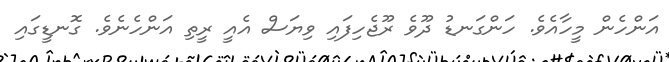
އަންހެން މީހާއެވެ. ހަންގަނޑު ދޫވެ ރޫޖެހިފައި ވިޔަސް އެއީ ރީތި އަންހެނެވެ. ގޮނޑީގައި